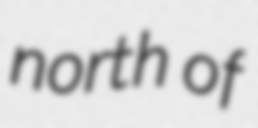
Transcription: north of